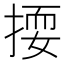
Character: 𱠕